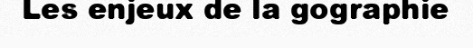
Les enjeux de la gographie